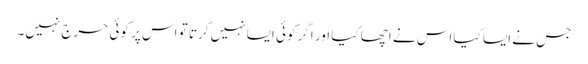
جس نے ایسا کیا اس نے اچھا کیا اور اگر کوئی ایسا نہیں کرتا تو اس پر کوئی حرج نہیں۔